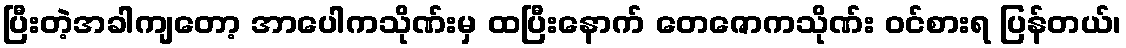
ပြီးတဲ့အခါကျတော့ အာပေါကသိုဏ်းမှ ထပြီးနောက် တေဇောကသိုဏ်း ဝင်စားရ ပြန်တယ်၊